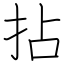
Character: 拈